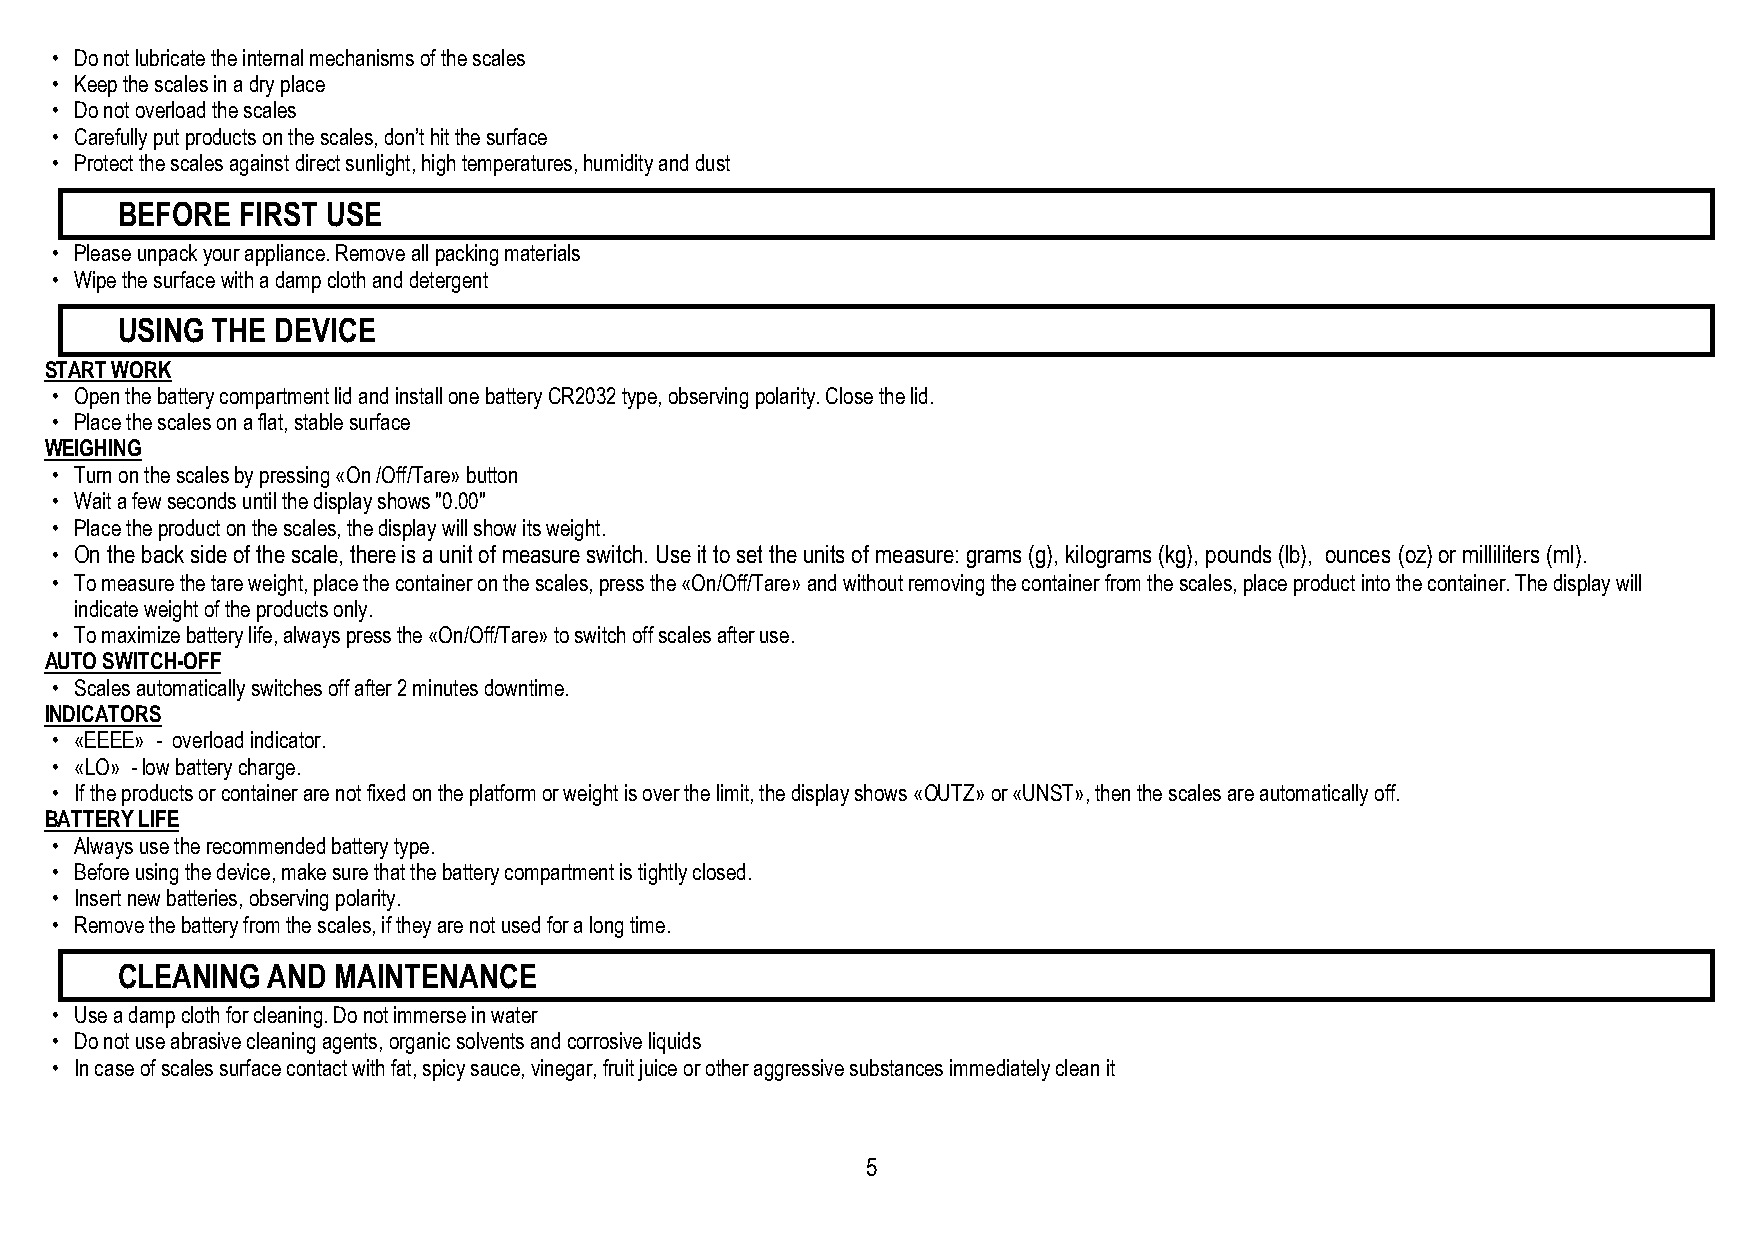
• Do not lubricate the internal mechanisms of the scales
 • Keep the scales in a dry place
 • Do not overload the scales
 • Carefully put products on the scales, don‟t hit the surface
 • Protect the scales against direct sunlight, high temperatures, humidity and dust
 BEFORE  FIRST USE
 • Please unpack your appliance. Remove all packing materials
 • Wipe the surface with a damp cloth and detergent
 USING THE DEVICE
 START WORK
 • Open the battery compartment lid and install one battery CR2032 type, observing polarity. Close the lid.
 • Place the scales on a flat, stable surface
 WEIGHING
 • Turn on the scales by pressing «On /Off/Tare» button
 • Wait a few seconds until the display shows "0.00"
 • Place the product on the scales, the display will show its weight.
 • On the back side of the scale, there is a unit of measure switch. Use it to set the units of measure: grams (g), kilograms (kg), pounds (lb), ounces (oz) or milliliters (ml).
 • To measure the tare weight, place the container on the scales, press the «On/Off/Tare» and without removing the container from the scales, place product into the container. The display will
 indicate weight of the products only.
 • To maximize battery life, always press the «On/Off/Tare» to switch off scales after use.
 AUTO SWITCH-OFF
 • Scales automatically switches off after 2 minutes downtime.
 INDICATORS
 • «ЕЕЕЕ» - overload indicator.
 • «LO» - low battery charge.
 • If the products or container are not fixed on the platform or weight is over the limit, the display shows «OUTZ» or «UNST», then the scales are automatically off.
 BATTERY LIFE
 • Always use the recommended battery type.
 • Before using the device, make sure that the battery compartment is tightly closed.
 • Insert new batteries, observing polarity.
 • Remove the battery from the scales, if they are not used for a long time.
 CLEANING  AND MAINTENANCE
 • Use a damp cloth for cleaning. Do not immerse in water
 • Do not use abrasive cleaning agents, organic solvents and corrosive liquids
 • In case of scales surface contact with fat, spicy sauce, vinegar, fruit juice or other aggressive substances immediately clean it
 5